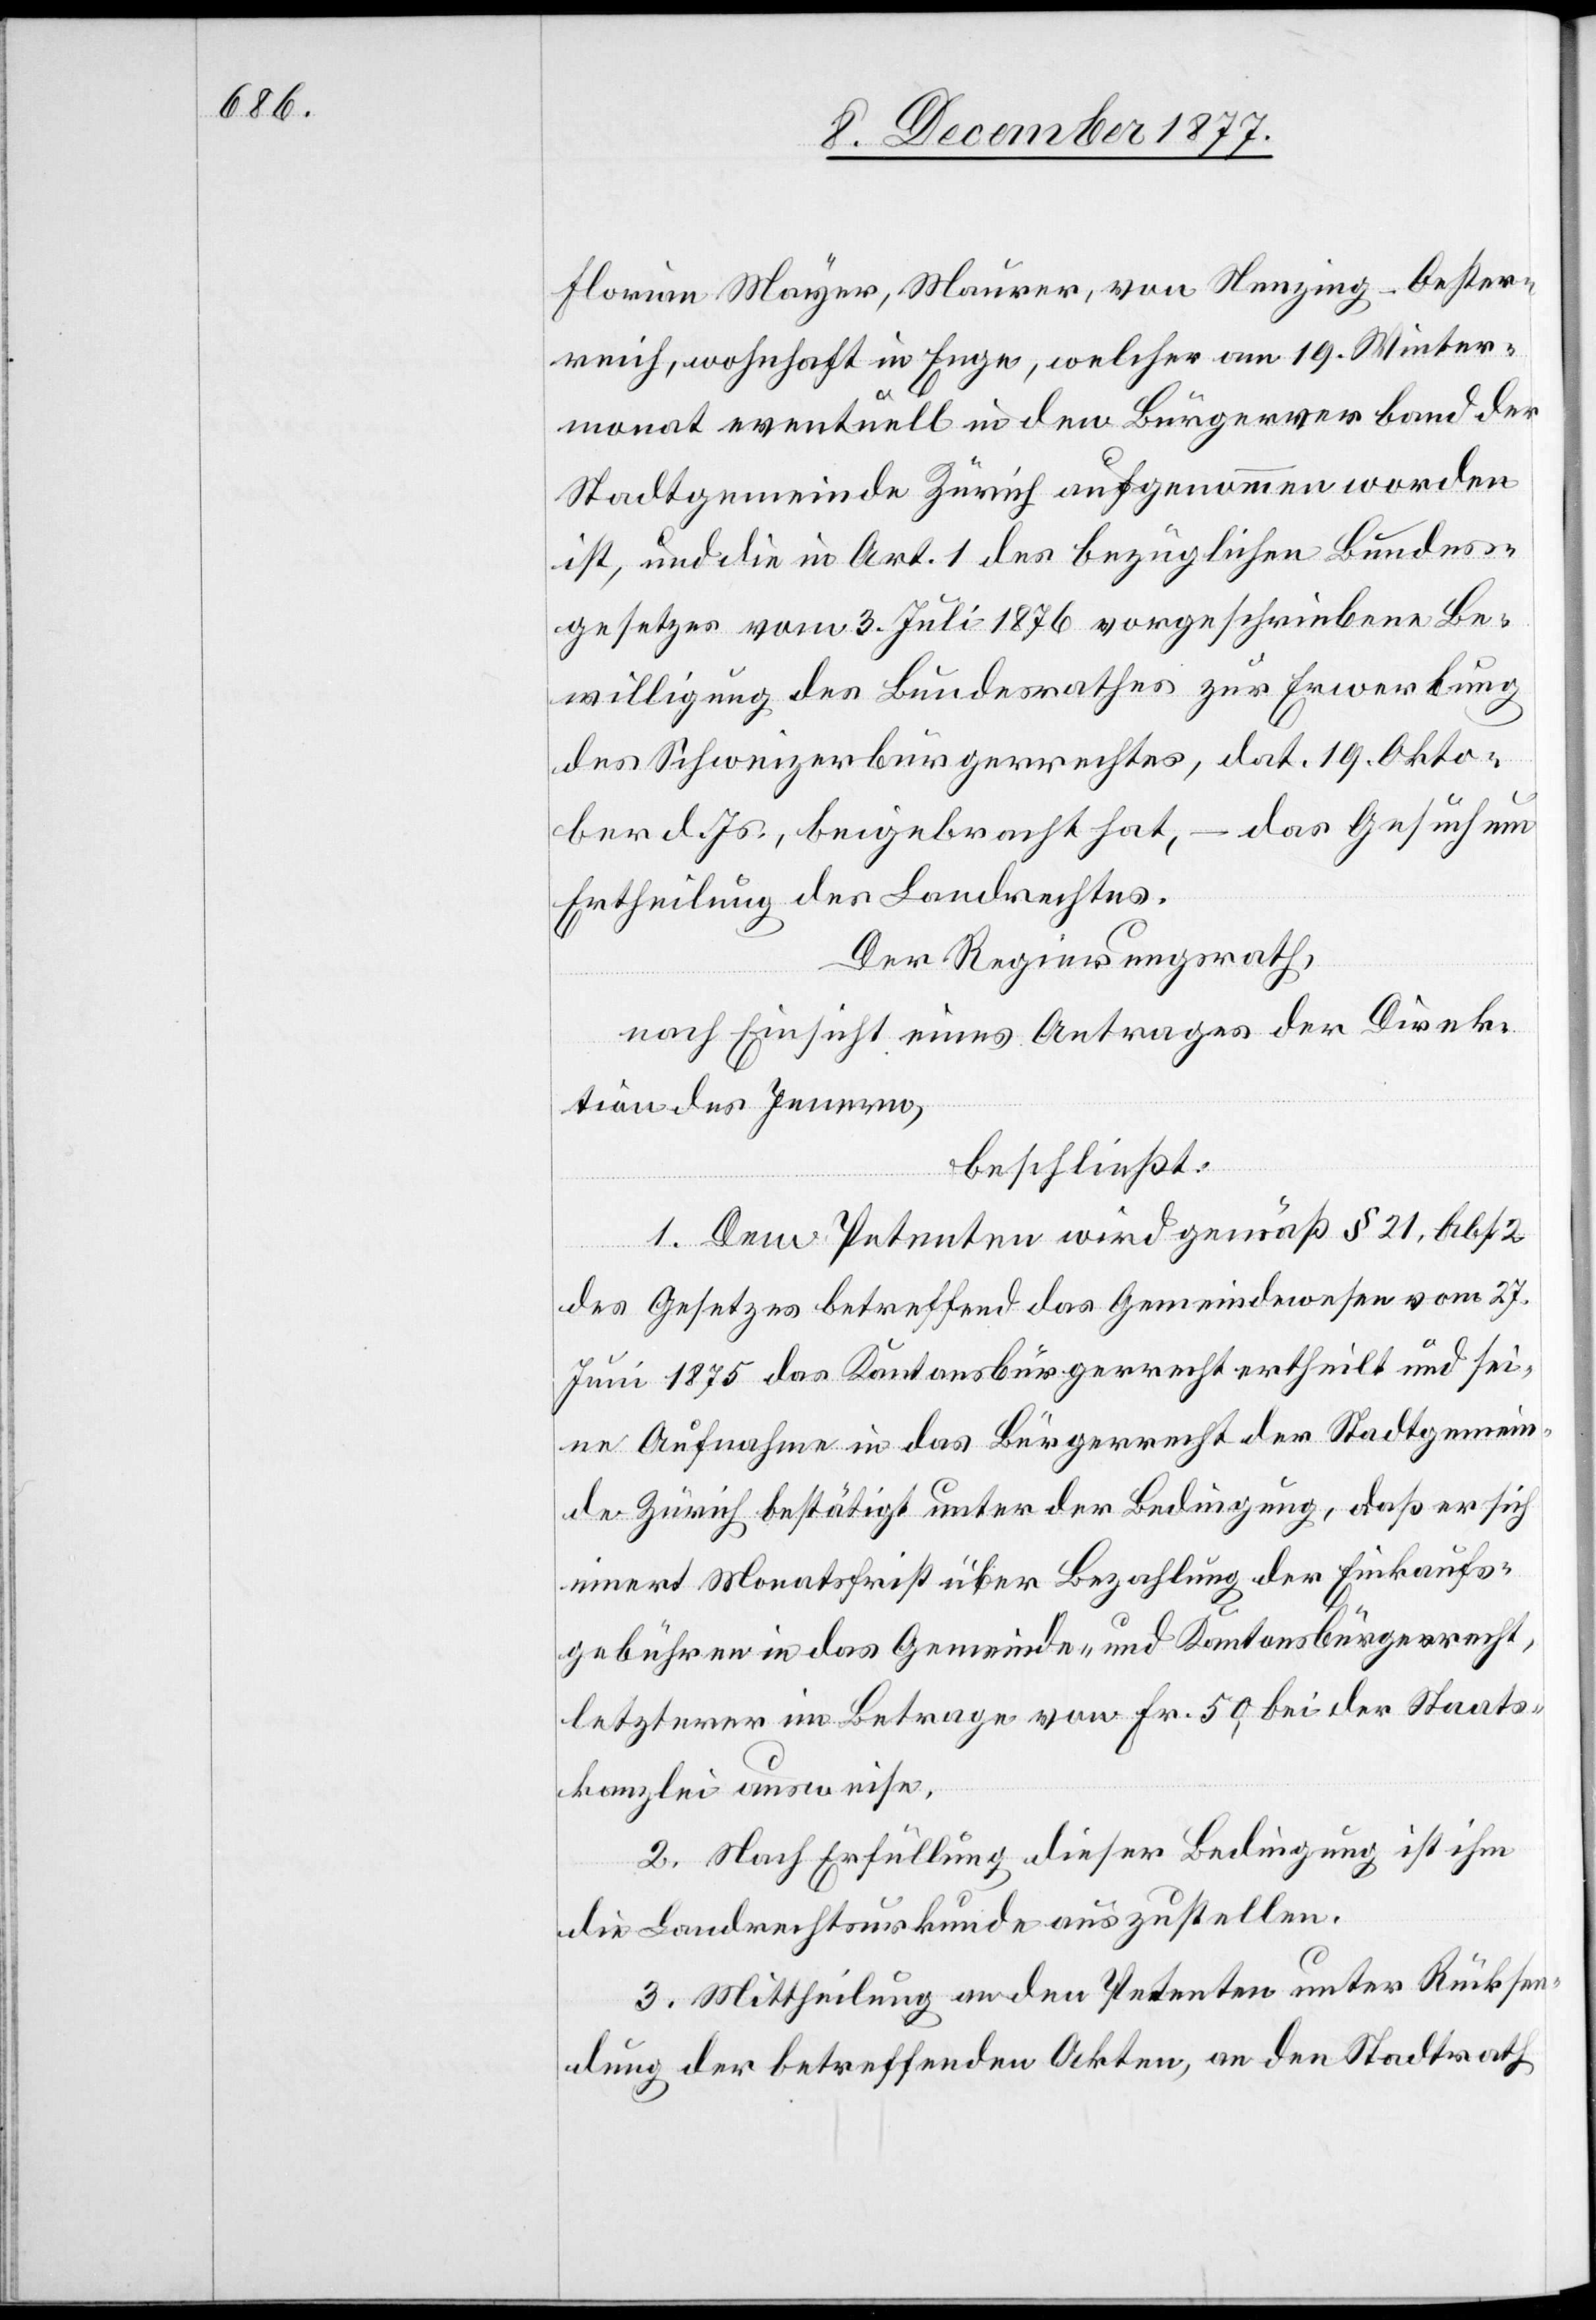
Florian Mayer, Maurer, von Nenzing - Oester¬
reich, wohnhaft in Enge, welcher am 19. Winter¬
monat eventuell in den Bürgerverband der
Stadtgemeinde Zürich aufgenommen worden
ist, und die in Art. 1 des bezüglichen Bundes¬
gesetzes vom 3. Juli 1876 vorgeschriebene Be¬
willigung des Bundesrathes zur Erwerbung
des Schweizerbürgerrechtes, dat. 19. Okto¬
ber d. Js., beigebracht hat, – das Gesuch um
Ertheilung des Landrechtes.
Der Regierungsrath,
nach Einsicht eines Antrages der Direk¬
tion des Innern,
beschließt:
1. Dem Petenten wird gemäß § 21, Abs.
des Gesetzes betreffend das Gemeindewesen vom 27.
Juni 1875 das Kantonsbürgerrecht ertheilt und sei¬
ne Aufnahme in das Bürgerrecht der Stadtgemein¬
de Zürich bestätigt unter der Bedingung, daß er sich
innert Monatsfrist über Bezahlung der Einkaufs¬
gebühren in das Gemeinde- und Kantonsbürgerrecht,
letzterer im Betrage von Fr. 50, bei der Staats¬
kanzlei ausweise.
2. Nach Erfüllung dieser Bedingung ist ihm
die Landrechtsurkunde auszustellen.
3. Mittheilung an den Petenten unter Rücksen¬
dung der betreffenden Akten, an den Stadtrath